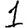
Digit: 1